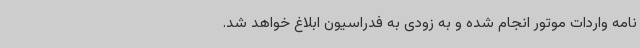
نامه واردات موتور انجام شده و به زودی به فدراسیون ابلاغ خواهد شد.